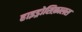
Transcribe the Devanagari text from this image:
हाइड्रोसिफ़ालस